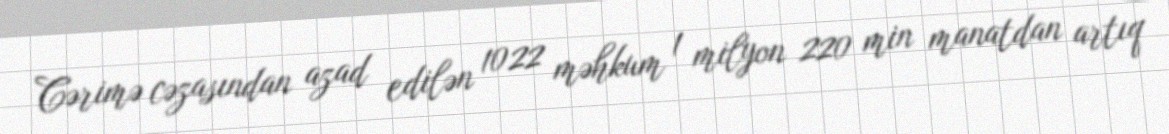
Cərimə cəzasından azad edilən 1022 məhkum 1 milyon 220 min manatdan artıq